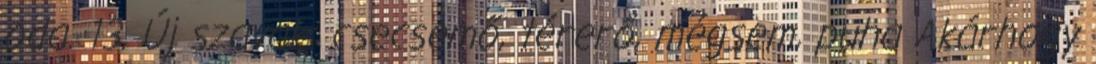
oda. 13. Új szavak: csecsemő, térerő, mégsem, puha Akárhogy